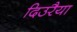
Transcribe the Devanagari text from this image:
दिउरैया